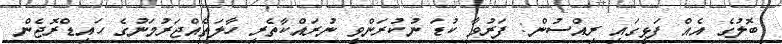
ބޮލުގެ އެއް ފަޅީގައި ރިއްސުން: ފަރުވާ ކުޑަ ނުކުރަންވީ ނުރައްކާތެރި ހާލަތެއްޖަރުމަނުގެ ހައިޑްރޮޖެން